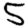
Digit: 5